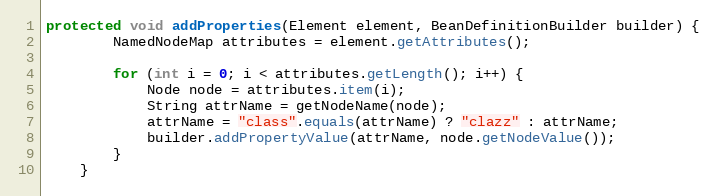
Language: Java
protected void addProperties(Element element, BeanDefinitionBuilder builder) {
        NamedNodeMap attributes = element.getAttributes();

        for (int i = 0; i < attributes.getLength(); i++) {
            Node node = attributes.item(i);
            String attrName = getNodeName(node);
            attrName = "class".equals(attrName) ? "clazz" : attrName;
            builder.addPropertyValue(attrName, node.getNodeValue());
        }
    }